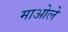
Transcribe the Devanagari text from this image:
माओले